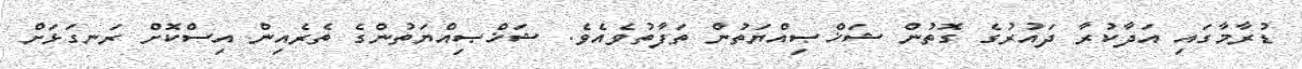
ޑުރާމާގައި އަދާކުރާ ދައުރުގެ ގޮތުން ޝަޚްޞިއްޔަތުން ތަފާތުވެއެވެ. ޝަޚްޞިއްޔަތުންގެ ތެރެއިން އިސްކޮށް ރަނގަޅަށް